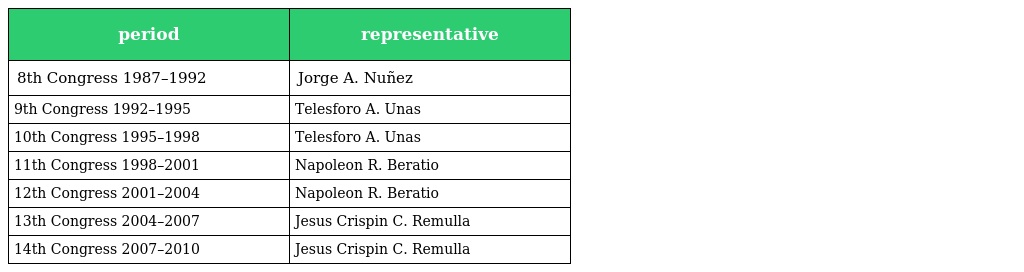
| period | representative |
 | --- | --- |
 | 8th Congress 1987–1992 | Jorge A. Nuñez |
 | 9th Congress 1992–1995 | Telesforo A. Unas |
 | 10th Congress 1995–1998 | Telesforo A. Unas |
 | 11th Congress 1998–2001 | Napoleon R. Beratio |
 | 12th Congress 2001–2004 | Napoleon R. Beratio |
 | 13th Congress 2004–2007 | Jesus Crispin C. Remulla |
 | 14th Congress 2007–2010 | Jesus Crispin C. Remulla |